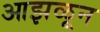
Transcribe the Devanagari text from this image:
आझळून